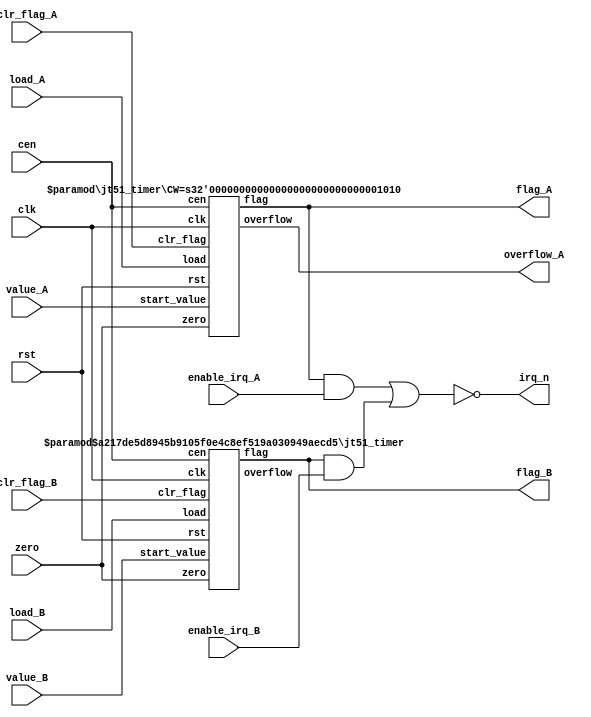
/*  This file is part of JT51.

    JT51 is free software: you can redistribute it and/or modify
    it under the terms of the GNU General Public License as published by
    the Free Software Foundation, either version 3 of the License, or
    (at your option) any later version.

    JT51 is distributed in the hope that it will be useful,
    but WITHOUT ANY WARRANTY; without even the implied warranty of
    MERCHANTABILITY or FITNESS FOR A PARTICULAR PURPOSE.  See the
    GNU General Public License for more details.

    You should have received a copy of the GNU General Public License
    along with JT51.  If not, see <http://www.gnu.org/licenses/>.

    Author: Jose Tejada Gomez. Twitter: @topapate
    Version: 1.0
    Date: 27-10-2016
    */

module jt51_timers(
    input         rst,
    input         clk,
    input         cen,
    input         zero,
    input [9:0]   value_A,
    input [7:0]   value_B,
    input         load_A,
    input         load_B,
    input         clr_flag_A,
    input         clr_flag_B,
    input         enable_irq_A,
    input         enable_irq_B,
    output        flag_A,
    output        flag_B,
    output        overflow_A,
    output        irq_n
);

assign irq_n = ~( (flag_A&enable_irq_A) | (flag_B&enable_irq_B) );

jt51_timer #(.CW(10)) timer_A(
    .rst        ( rst       ),
    .clk        ( clk       ),
    .cen        ( cen       ),
    .zero       ( zero      ),
    .start_value( value_A   ),
    .load       ( load_A    ),
    .clr_flag   ( clr_flag_A),
    .flag       ( flag_A    ),
    .overflow   ( overflow_A)
);

jt51_timer #(.CW(8),.FREE_EN(1)) timer_B(
    .rst        ( rst           ),
    .clk        ( clk           ),
    .cen        ( cen           ),
    .zero       ( zero          ),
    .start_value( value_B       ),
    .load       ( load_B        ),
    .clr_flag   ( clr_flag_B    ),
    .flag       ( flag_B        ),
    .overflow   (               )
);

endmodule

module jt51_timer #(parameter
    CW      = 8, // counter bit width. This is the counter that can be loaded
    FREE_EN = 0  // enables a 4-bit free enable count
) (
    input   rst,
    input   clk,
    input   cen,
    input   zero,
    input   [CW-1:0] start_value,
    input   load,
    input   clr_flag,
    output reg flag,
    output reg overflow
);

reg          last_load;
reg [CW-1:0] cnt, next;
reg [   3:0] free_cnt, free_next;
reg          free_ov;

always@(posedge clk, posedge rst)
    if( rst )
        flag <= 1'b0;
    else /*if(cen)*/ begin
        if( clr_flag )
            flag <= 1'b0;
        else if(overflow) flag<=1'b1;
    end

always @(*) begin
    {free_ov, free_next} = { 1'b0, free_cnt} + 1'b1;
    /* verilator lint_off WIDTH */
    {overflow, next }    = { 1'b0, cnt }     + (FREE_EN ? free_ov : 1'b1);
    /* verilator lint_on WIDTH */
end

always @(posedge clk) if(cen && zero) begin : counter
    last_load <= load;
    if( (load && !last_load) || overflow ) begin
      cnt  <= start_value;
    end
    else if( last_load ) cnt <= next;
end

// Free running counter
always @(posedge clk) begin
    if( rst ) begin
        free_cnt <= 4'd0;
    end else if( cen&&zero ) begin
        free_cnt <= free_next;
    end
end

endmodule